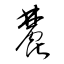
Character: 麓